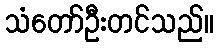
သံတော်ဦးတင်သည်။